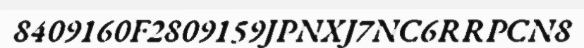
8409160F2809159JPNXJ7NC6RRPCN8